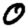
Digit: 0